Vital statistics of India. Vol. IV, Annual returns from 1871 to 1876. British Army of India, Native Army and jails of Bengal
Year: 1871
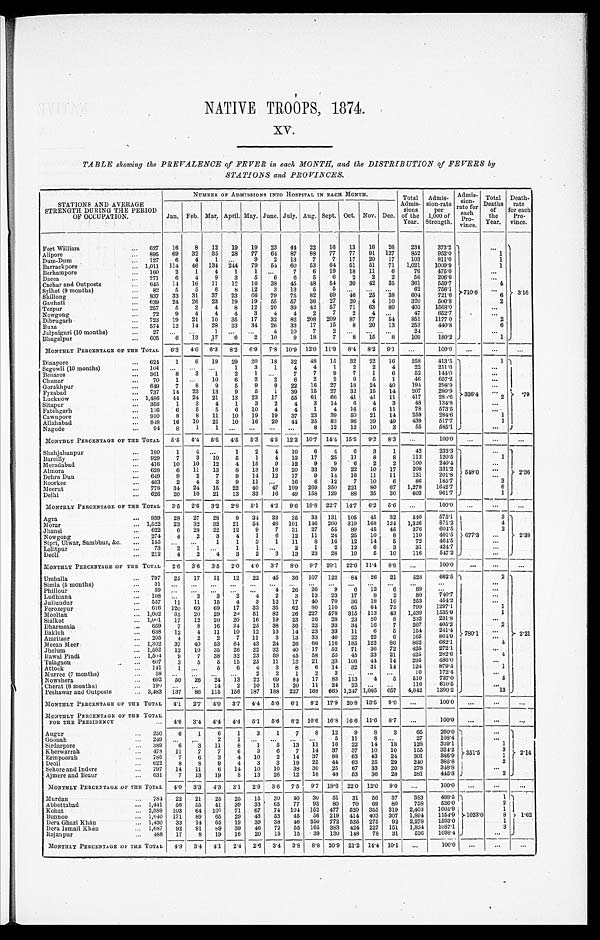
NATIVE TROOPS, 1874.
XV.
TABLE showing the PREVALENCE of FEVER in each MONTH, and the DISTRIBUTION of FEVERS by
STATIONS and PROVINCES.
STATIONS AND AVERAGE
STRENGTH DURING THE PERIOD
OF OCCUPATION.
NUMBER OF ADMISSIONS INTO HOSPITAL IN EACH MONTH.
Total
Admis- sions
of the
Year.
Admis-
sion-rate per
1,000 of
Strength.
Admis-
sion- rate for
each Pro- vince.
Total
Deaths of
the
Year.
Death- rate
for each
Pro-
vince.
Jan. Feb. Mar. April. May. June. July. Aug. Sept. Oct. Nov. Dec.
Fort William
627 16 8 12 19 19 23 44 22 16 13 16 26 234
373.2
710.6
3.16
Alipore
895 69 32 35 28 77 64 87 88 77 77 91 127 852 952.0
1
Dum-Dum
127 6 4 1
9 2 13 7 7 17 20 17 103
811.0
1
Barrackpore
1,011 114 46 134 244 79 54 60 53 64 51 51 71 1,021 1009.9
1
Berhampore
160 2 1 4 1 1
7 6 19 18 11 6
76 475.0
Dacca
271 6 4 9 3 5 6 6 5 6 2 2 2
56 206.6
Cachar and Outposts
645 14 16 11 12 16 38 45 48 54 30 42 35 361
559.7
4
Sylhet (9 months)
82 5 5 6 8 12 3 13 5 5
62
756.1
Shillong
837 33 31 37 23 66 79 75 82 69 46 25 38 604
721.6
6
Gauhati
639 24 26 23 19 19 55 57 36 27 20 4 10 320 500.8
2
Tezpur
257 5 2 4 8 12 20 39 42 57 71 63 80 403 1568.0
Nowgong
72 9 4 4 4 3 4 4 2 7 2 4
47
652.7
Dibrugarh 723 19 21 10 35 17 32 82 208 209 87 77 54 851 1177.0
2
B u x a
574 12 14 28 33 34 26 33 17 15 8 20 13 253
440.8
6
Jalpaiguri (10 months)
2 7
1
4 10 7 2
24
Bhagalpur
605 6
1 3 17 6 2 10 9 18 7 8 15 8 109
180.2
1
MONTHLY PERCENTAGE OF THE TOTAL 6.3 4.0 6.3 8.2 6. 9 7.8 10.9 12.0 11.9 8.4 8.2 9. 1
100.0
Dinapore
624 1 6 19 29 20 18 32 48 15 32 22 16 258 413.5
326.4
1
.79
Segowli (10 months)
104
1 3 1 4 4 1 2 2 4
22 211.6
Benares
361 8 3 1 2 1
7 7 9 7 1 6
52
144.0
C h u n a r
70 1
10 6 2 2 6 2 2 9 5 1
46
657.2
Gorakhpur
649 7 8 9 5 9 9 22 16 27 18 24 40 194
298.9
Fyzabad
737 14 23 13 9
5
1 39 15 27 32 15 14 207
280.9
Lucknow
1,486 44 24 21 13 23 17 55 61 66 41 41 11 417
280.6
2
Sitapur
356 1 3 4 1 3 2 4 3 14 6 4 3
48
134.8
Fatehgarh 136 6 5 5 6 10 4 4 1 4 16 6 11
78
573.5
Cawnpore
910 8 8 11 10 19 19 37 23 39 50 21 14 259
284.6
1
Allahabad
848 16 10 21 10 16 20 44 35 83 96 39 49 439
517.7
1
Nagode
94 8 1 1
8 12 12 10 3
55
585.1
MONTHLY PERCENTAGE OF THE TOTAL 5.5 4.4 5.5 4.5 5. 3 4.5 12.2 10.7 14.4 15.5 9. 2 8.3
100.0
Shahjahanpur
180 1 4
1 2 4 10 6 4 6 3 1
42
233.3
548.0
2.36
Bareilly
929 7 3 10 5 1 4 13 17 25 11 8 8 112
120.5
1
Moradabad
416 10 10 12 4 15 9 12 9 9 6 2 2 100
240.4
Almora
628 6 11 13 8 13 16 20 33 39 22 10 17 208
331.2
Dehra Dun
649 9 2 7 9 14 12 17 9 14 16 11 11 131
201.8
Roorkee
463 2 4 3 9 11
16 6 12 7 10 6
86
185.7
3
Meerut
778 34 24 15 22 40 47 109 269 350 221 80 67 1,278 1642.7
6
Delhi
626 20 10 21 13 33 16 49 158 129 88 35 30 602
9 6 1 . 7
1
MONTHLY PERCENTAGE OF THE TOTAL 3.5 2.6 3.2 2.8 5.1 4.2 9.6 19.8 22.7 14.7 6. 2 5.6
100.0
Agra
939 28 27 28 9 34 33 35 33 131 105 45 32 540
575.1
677.3
3
2.38
Morar
1,522 23 32 32 21 54 46 101 146 260 319 168 124 1,326
871.2
4
Jhansi
622 6 28 22 12 9 7 31 27 55 89 45 45 376
604.5
2
Nowgong
274 4 2 3 4 1 6 12 11 24 25 10 8 110 401.5
Sipri, Ulwar, Sambhur, &c.
155
1 1 3 1 11 8 16 12 14 5
72 464.5
Lalitpur
7 3
2 1
1
1
2 1
2 12 6
3
3 1
424.7
Deoli
2 1 2
4
2 4
3
2
3
1 3 2 3
2 8
1 9 5
1 0
1 1 6 547.2
MONTHLY PERCENTAGE OF THE TOTAL 2.6 3.6 3.5 2.0 4. 0 3.7 8.0 9. 7 20.1 22.6 11.4 8.8
100.0
Umballa
797 25 17 11 12 22 45 36 107 122 84 26 21 528
662.5
780.1
2
2.21
Simla (5 months)
31
Phillour
39
4 26 26
9 6 12 6
89
Ludhiana
108
3 3 2 4 2 3 13 23 17 8 2
80 740.7
Jullundur
557 11 11 15 4 3 12 17 40 70 36 18 16 253
454.2
Ferozepur 616 120 69 69 17 33 35 62 80 110 65 64 75 799
1 2 9 7 . 1
1
Mooltan
1,002 35 20 29 20 51 82 26 227 578 315 113 43 1,539 1535.9
1
Sialkot
1,001 17 12 20 20 16 19 23 26 28 23 20 8 232
231.8
Dharmsala
659 7 8 16 24 25 38 36 23 33 34 16 7 267 405.2
2
Bakloh
638 12 4 11 10 12 13 14 23 33 11 6
5 154 241.4
Amritsar
205 4 2 2 7 11 3 13 33 40 22 22 6 165
804.9
Meean Meer 1,302 37 40 53 64 43
2 4 26 66 116 185 122 86 862
662.1
4
Jhelum
1,562 12 10 35 26 22 32 40 17 52 71 36 72 425 272.1
Rawal Pindi
1,504 9 7 38 32 23 59 45 58 55 45 33 21 425 282.6
4
Talagaon
607 3 5 5 15 25 11 13 21 33 106 44 14 295 486.0
Attock 141 1
5 6 4 3 8 6 14 32 31 14 124
879.4
1
Murree (7 months)
58
2 2 1 2
3
1 0
1 7 2 . 4
Nowshera
692 50 26 24
1 3 22 69 84 17 83
1 1 3 4 5
5 1 0
7 3 7 . 0
5
Cherat (8 months)
190
14 2 10 13 20 11 24 22
116 610.5
Peshawar and Outposts
3,483 137 86 115 156 187 188 227 168 669 1,247 1,005 657 4,842 1390.2
13
MONTHLY PERCENTAGE OF THE TOTAL 4.1 2.7 4.0 3.7 4.4 5.6 6.1 8. 2 17.9 20.8 13. 5 9.0
100.0
MONTHLY PERCENTAGE OF THE TOTAL
FOR THE PRESIDENCY
4.6 3.4 4.4 4.4 5. 1 5.6 8.2 10.6 16.8 16.6 11.6 8.7
100.0
Augur
250 6 1 6 1 3 1 7 8 12 9 8 3
65
260.0
351.5
2.14
Goonah
249
2 1
5 11 8
27
108.4
Sirdarpore
389 6
3 11 8 1 5 13 11 16 22 14
1 8 128 329.1
1
Kherwarrah
478 11 7 7 6 3 6 7 14 37 37 10 10 155 324.2
3
Erinpoorah
780 7 6 3 4 10 2 14 37 88 63 43 24 301 385.9
1
Deoli
622 8
8 9 4 3 3 19 25 44 63 25 29 210
385.8
2
Sehore and Indore
797 14 11 6 14 10 10 38 30 25 67 33 20 278
348.8
Ajmere and Beaur
631 7 13 19
8 13 26 12 18 48 53 36 28 281
445.3
2
MONTHLY PERCENTAGE OF THE TOTAL 4.0 3.3 4.3
3 . 1 2.9 3.6 7.5 9. 7 18.6 22.0 12.0 9.0
100.0
Murdan
784 22 21 25 25 15 30 40 30 51 31 56 37 383 488.5
1 0 2 3 . 0
1
1 . 6 2
Abbottabad
1,441 56 55 41 39 33 65 77 93 80 70 69 80 758 526.0
2
Kohat2,389 103 64 107 71 67 74 104 152 477 520 355 319 2,403 1005.9
1
Bunnoo
1,640 171 89 65 29 43 53 45 56 219 414 403 307 1,894 1154.9
8
Dera Ghazi Khán
1,430 33 14 65 19 39 38 46 350 772 535 275 92 2,278 1593.0
1
Dera Ismail Khán
1,687 92 91 89 39 46 72 55 165 383 424 227 151 1,834 1087.1
3
Rajanpur
488 17 8 19 16 20 15 15 39 130 148 78 31 536 1098.4
MONTHLY PERCENTAGE OF THE TOTAL 4.9 3.4 4.1 2.4 2.6 3.4 3.8 8.8 20.9 21.2 14.4 10.1
100.0